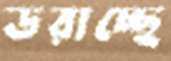
ডরাচ্ছে